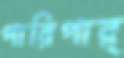
পারিপার্